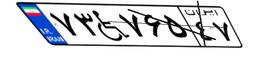
۷۳W۷۶۵۴۷